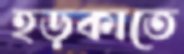
হড়কাতে